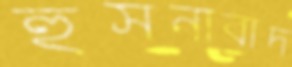
হুসনাবাদ